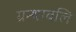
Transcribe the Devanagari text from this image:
ग्रन्थावलि